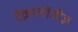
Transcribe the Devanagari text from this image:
टेक्नालॉजीज़